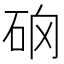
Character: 𥑨